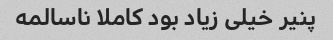
پنیر خیلی زیاد بود کاملا ناسالمه